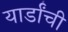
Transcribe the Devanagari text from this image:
यार्डांची